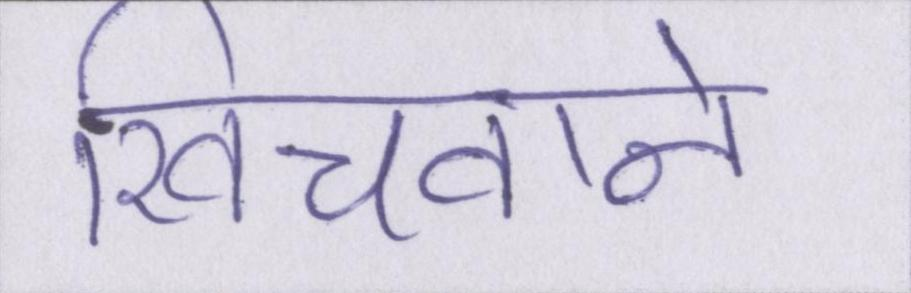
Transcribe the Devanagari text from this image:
खिंचवाने